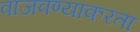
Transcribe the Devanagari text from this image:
वाजवण्याकरता